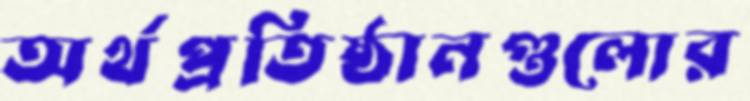
অর্থপ্রতিষ্ঠানগুলোর